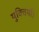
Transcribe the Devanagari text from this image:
युक्तियाँ।